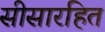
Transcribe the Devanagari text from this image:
सीसारहित